Report of an investigation into the causes of the diseases known in Assam as Kála-Azár and Beri-Beri
Disease focus: Beri-Beri
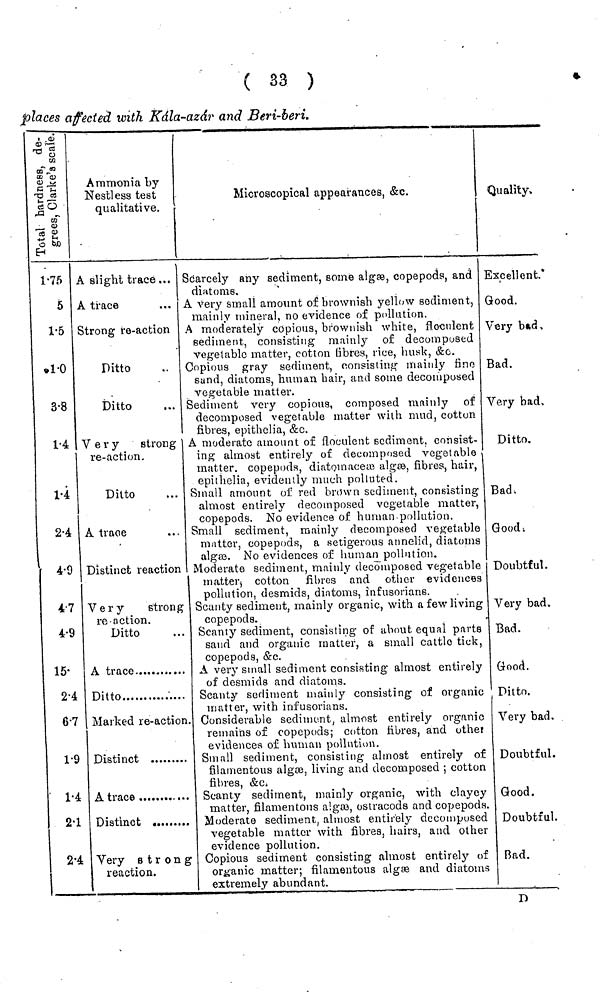
( 33 )
places affected with kála-azár and Beri-beri,
1·75
5
1·5
1·0
3·8
1·4
1·4
2·4
4·9
4·7
4·9
15·
2·4
6·7
1·9
1·4
2·1
2·4
Ammoni a by
Nestless test
qualitative.
A slight trace ...
A trace
Strong re-action
Ditto
Ditto
Very
strong
re-action.
Ditto
A trace
Distinct reaction
Very
strong
re action.
Ditto
Ditto
Marked re-action
Distinct
Very strong
reaction.
Microscopical appearances, &c.
Scarcely any sediment, some algaa, copepoda, and
diatoms.
A very small amount of brownish yeiluw sediment,
mainly mineral, no evidence of pollution.
A moderately copious, brownish white, flocnlent
sediment, consisting mainly of decomposed
vegetable matter, cotton fibres, rice, husk, &c.
Copious gray sediment, consisting mainly fine
sand, diatoms, human hair, and some decomposed
vegetable matter.
Sediment very copious, composed mainly of
decomposed vegetable matter with mud, cotton
fibres, epithelia, &c.
A moderate amount of floculent sediment, consist-
ing almost entirely of decomposed vegetable
matter, copepods, diatom aceie algaa, fibres, hair,
epithelia, evidently much polluted.
Small amount of red bnnvn sediment, consisting
almost entirely decomposed vegetable matter,
copepods. No evidence of human pollution.
Small sediment, mainly decomposed vegetable
matter, copepods, a setigerous annelid, diatoms
algaj. No evidences of human pollution.
Moderate sediment, mainly decomposed vegetable
matter, cotton fibres and other evidences
pollution, desmids, diatoms, infusorians.
Scanty sediment, mainly organic, with a few living
copepods.
Scanty sediment, consisting of about equal parts
sand and organic matter, a small cattle tick,
copepods, &c.
A very small sediment consisting' almost entirely
of desmids and diatoms.
Scanty sediment mainly consisting of organic
matter, with infusorians.
. Considerable sediment, almost entirely organic
remains of copepods; cotton fibres, and othei
evidences of human pollution.
Small sediment, consisting almost entirely of
filamentous algce, living and decomposed ; cotton
fibres, &Ci
Scanty sediment, mainly organic, with clayey
matter, filamentous algaa, ostracods and copepods
Moderate sediment ; almost entirely decomposed
vegetable matter with fibres, hairs, and other
evidence pollution.
' Copious sediment consisting almost entirely of
organic matter; filamentous algie and diatoms
extremely abundant.
Quality,
Excellent
Good.
Very bud,
Bad.
Very bad,
Ditto.
Bad,
Good.
Doubtful.
Very bad.
Bad.
Good.
Ditto.
Very bad.
Doubtful.
Good.
Doubtful.
Bad.
D